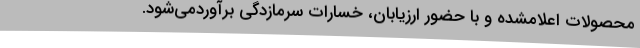
محصولات اعلامشده و با حضور ارزیابان، خسارات سرمازدگی برآوردمی‌شود.